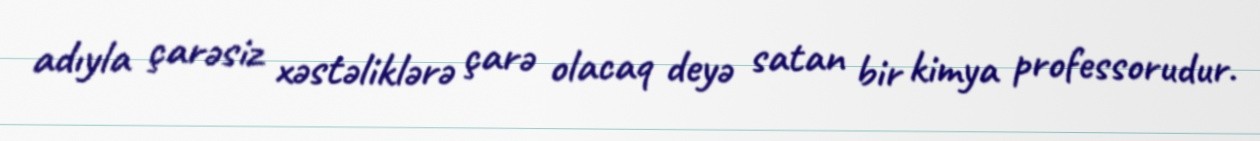
adıyla çarəsiz xəstəliklərə çarə olacaq deyə satan bir kimya professorudur.